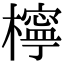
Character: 檸